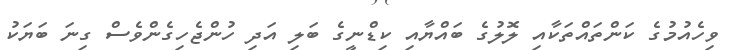
ވިހެއުމުގެ ކަންތައްތަކާއި ލޮލުގެ ބައްޔާއި ކިޑްނީގެ ބަލި އަދި ހުންޖެހިގެންވެސް ގިނަ ބަޔަކު